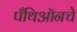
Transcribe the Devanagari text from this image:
पँथिऑनचे